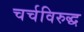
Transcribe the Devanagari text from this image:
चर्चविरुद्ध